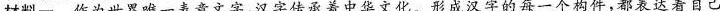
材料一 作为世界唯一表意文字，汉字传承着中华文化。形成汉字的每一个构件，都表达着自己